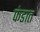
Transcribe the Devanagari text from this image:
फंडात